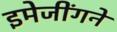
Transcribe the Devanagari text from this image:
इमेजींगने